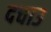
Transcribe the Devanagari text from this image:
दचाउ